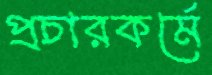
প্রচারকর্মে